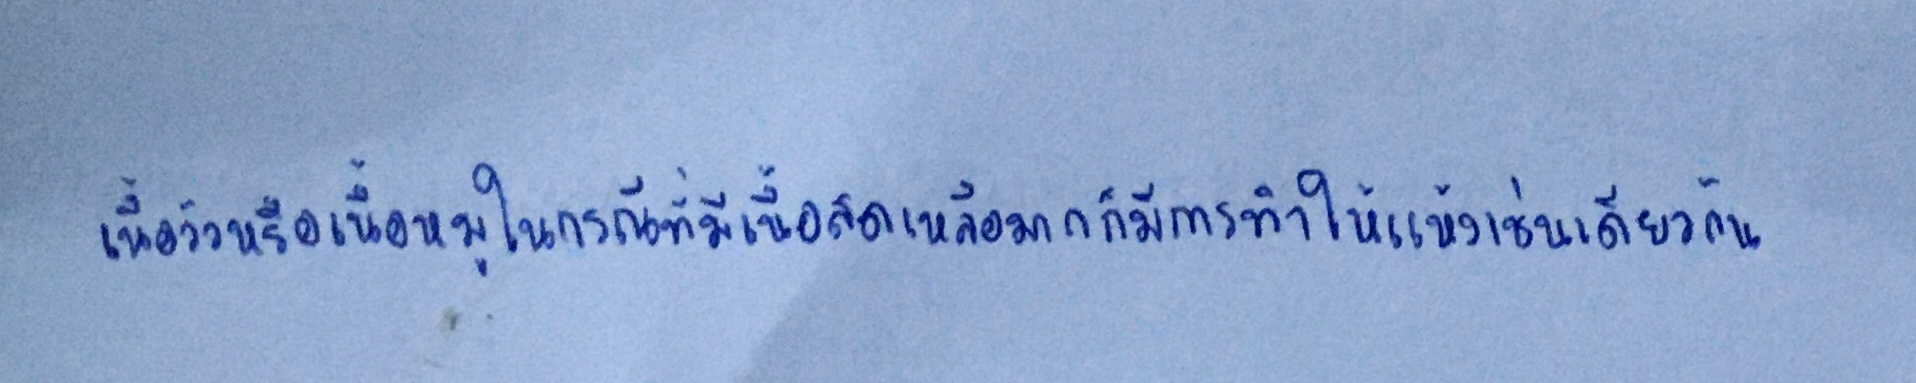
เนื้อวัวหรือเนื้อหมูในกรณีที่มีเนื้อสดเหลือมากก็มีการทำแห้งเช่นเดียวกัน